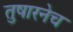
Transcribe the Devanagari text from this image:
तुषारनेच